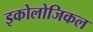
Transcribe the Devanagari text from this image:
इकोलोजिकल